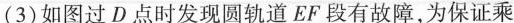
(3)如图过D点时发现圆轨道EF段有故障，为保证乘